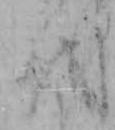
を